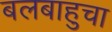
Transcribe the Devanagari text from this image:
बलबाहुचा